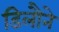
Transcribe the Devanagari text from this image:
डिलौने